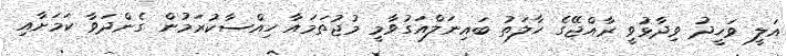
އަލީ ވަހީދު ވިދާޅުވީ ރާއްޖޭގެ ހާލަތު ބައިނަލްއަގުވާމީ މުޖުތަމައާ ހިއްސާކުރަމުން ގެންދަވާ ކަމަށާއި